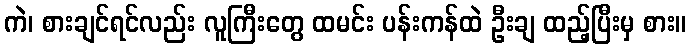
ကဲ၊ စားချင်ရင်လည်း လူကြီးတွေ ထမင်း ပန်းကန်ထဲ ဦးချ ထည့်ပြီးမှ စား။